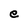
Character: e